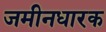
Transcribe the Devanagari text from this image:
जमीनधारक